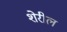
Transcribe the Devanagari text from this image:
शेरील